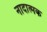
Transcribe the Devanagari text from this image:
नादात्मक